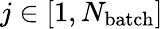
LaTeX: j\in[1,N_{\mathrm{batch}}]